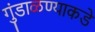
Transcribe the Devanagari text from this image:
गुंडाळण्याकडे